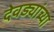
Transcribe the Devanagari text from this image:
देवड्यांच्या